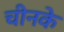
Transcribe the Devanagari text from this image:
चीनके